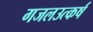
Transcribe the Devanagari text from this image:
गजलउत्कर्ष